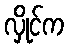
လှိုင်က